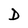
Character: D